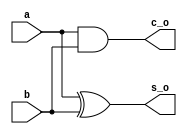
module half_adder(a,b,s_o,c_o);
    input a,b;
    output s_o,c_o;

    xor (s_o,a,b);
    and (c_o,a,b);
endmodule